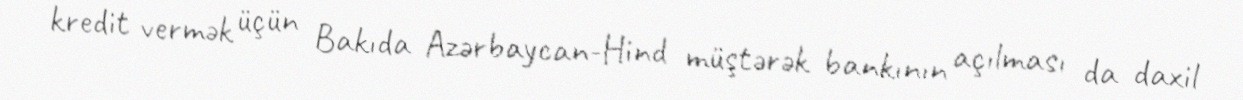
kredit vermək üçün Bakıda Azərbaycan-Hind müştərək bankının açılması da daxil